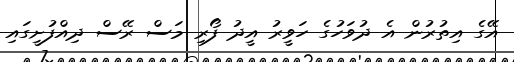
އޭގެ އިތުރުން އެ ދުވަހުގެ ހަވީރު އީދު ފޯރި މަސް ރޭސް ދިއްފުށީގައި